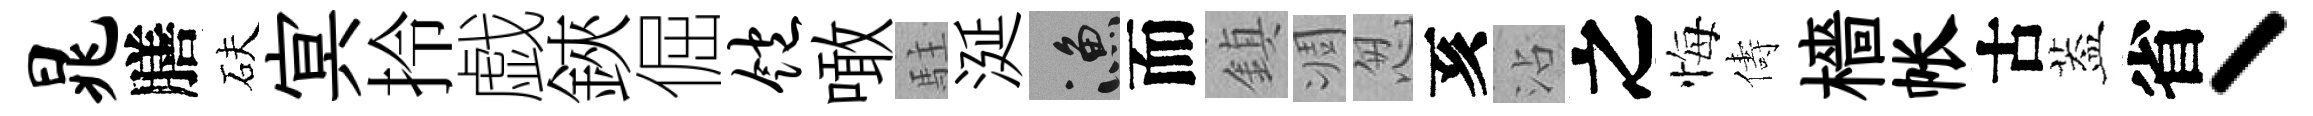
晁膳砆㝠拎戯鋏倔饱噉駐涎漁而鎮凋怱亥沾之悔儔檣帐古葢省丶